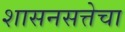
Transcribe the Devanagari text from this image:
शासनसत्तेचा